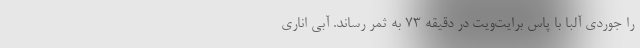
را جوردی آلبا با پاس برایت‌ویت در دقیقه ۷۳ به ثمر رساند. آبی اناری